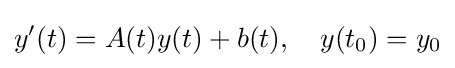
y'(t)=A(t)y(t)+b(t),\quad y(t_{0})=y_{0}